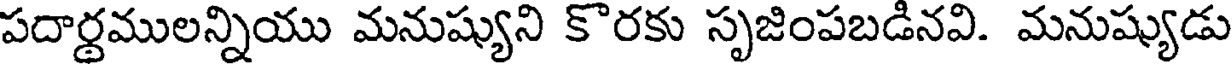
పదార్థములన్నియు మనుష్యుని కొరకు సృజింపబడినవి. మనుష్యుడు